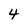
Character: 4